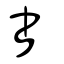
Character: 書